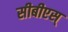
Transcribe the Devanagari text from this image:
सीबीएस्